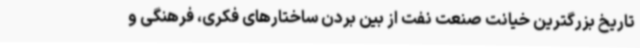
تاریخ بزرگترین خیانت صنعت نفت از بین بردن ساختارهای فکری، فرهنگی و